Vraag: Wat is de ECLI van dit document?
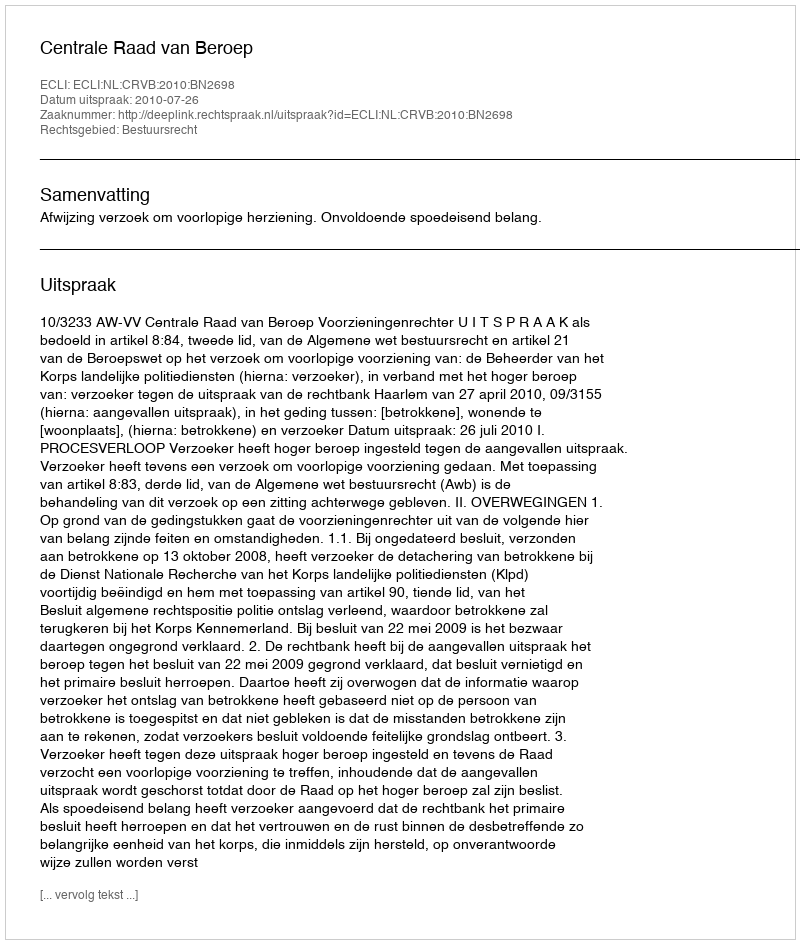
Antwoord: ECLI:NL:CRVB:2010:BN2698